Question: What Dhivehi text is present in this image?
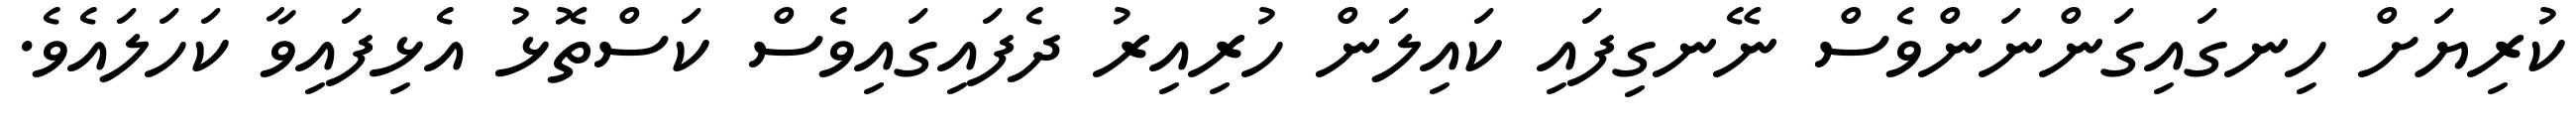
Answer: ކުރިޔަށް ހިނގައިގަންނަންވެސް ނޭނގިފައި ކައިލަން ހުރިއިރު ދެފައިގައިވެސް ކަސްތޮޅު އެޅިފައިވާ ކަހަލައެވެ.